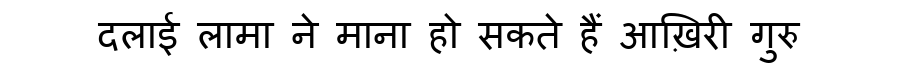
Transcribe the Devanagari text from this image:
दलाई लामा ने माना हो सकते हैं आख़िरी गुरु